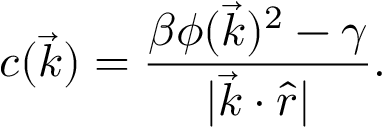
c ( \vec { k } ) = \frac { \beta \phi ( \vec { k } ) ^ { 2 } - \gamma } { | \vec { k } \cdot \hat { r } | } .